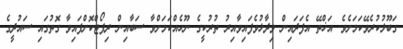
ގަބޫލުކުރެވޭކަމަށެވެ. އަޚްތޭ އެފަދައިން ވިދާޅުވެފައިވާއިރު ތުރުކީގެ ނޫހެއްކަމަށްވާ ސަބާއިން ރިޕޯޓްކޮށްފައިވާ ގޮތުގައި ސައުދީގެ